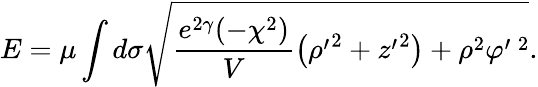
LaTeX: E=\mu\int d\sigma\sqrt{\frac{e^{2\gamma}(-\chi^{2})}{V}\left({\rho^{\prime}}^{2}+{z^{\prime}}^{2}\right)+\rho^{2}\varphi^{\prime\; 2}}.